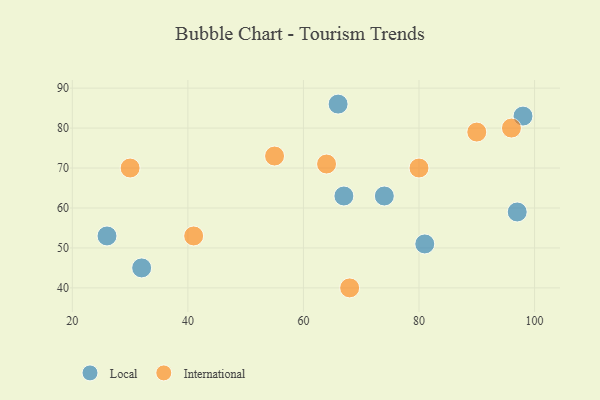
{"axis": {"x": "GDP", "y": "Life Expectancy"}, "legend": ["International", "Local"], "data": [{"x": "81", "y": 51, "type": "Local"}, {"x": "97", "y": 59, "type": "Local"}, {"x": "66", "y": 86, "type": "Local"}, {"x": "98", "y": 83, "type": "Local"}, {"x": "32", "y": 45, "type": "Local"}, {"x": "74", "y": 63, "type": "Local"}, {"x": "26", "y": 53, "type": "Local"}, {"x": "67", "y": 63, "type": "Local"}, {"x": "30", "y": 70, "type": "International"}, {"x": "90", "y": 79, "type": "International"}, {"x": "96", "y": 80, "type": "International"}, {"x": "55", "y": 73, "type": "International"}, {"x": "68", "y": 40, "type": "International"}, {"x": "41", "y": 53, "type": "International"}, {"x": "80", "y": 70, "type": "International"}, {"x": "64", "y": 71, "type": "International"}]}